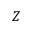
Z